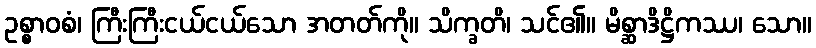
ဥစ္စာဝစံ၊ ကြီးကြီးငယ်ငယ်သော အတတ်ကို။ သိက္ခတိ၊ သင်၏။ မိစ္ဆာဒိဋ္ဌိကဿ၊ သော။